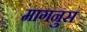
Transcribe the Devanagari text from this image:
मागनुस